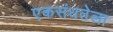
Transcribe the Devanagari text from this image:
एकसंधतेला